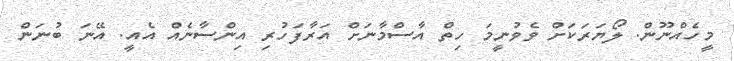
މީހެއްނޫން. ލޯޔަރަކަށް ވެވުނީމަ ހިތް އާސްމާނަށް އަރާފަހުރި އިންސާނެއް އެއީ. އޭނަ ބުނަން